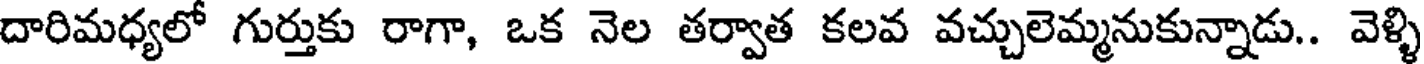
దారిమధ్యలో గుర్తుకు రాగా, ఒక నెల తర్వాత కలవ వచ్చులెమ్మనుకున్నాడు.. వెళ్ళి